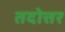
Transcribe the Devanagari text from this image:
तदोत्तर